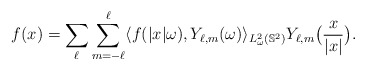
\begin{align*}f(x) = \sum_{\ell}\sum_{m=-\ell}^{\ell}\langle f(|x|\omega), Y_{\ell, m}(\omega)\rangle_{L^2_\omega(\mathbb S^2)} Y_{\ell, m}\big(\frac{x}{|x|}\big).\end{align*}